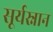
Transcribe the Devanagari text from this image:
सूर्यस्नान